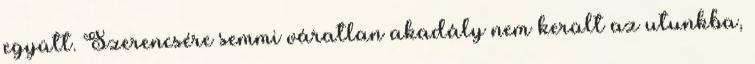
együtt. Szerencsére semmi váratlan akadály nem került az utunkba,